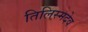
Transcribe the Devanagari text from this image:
तिलिस्मदेव